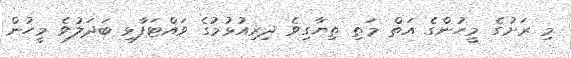
މި ރަށުގެ މީހުންގެ އަތް މަތި ތިޔާގިވެ ދިރިއުޅުމުގެ ވައްޓަފާޅި ބަދަލުވެ މީހުން